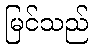
မြင်သည်